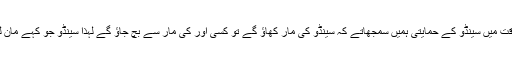
فارغ وقت میں سینڈو کے حمایتی ہمیں سمجھاتے کہ سینڈو کی مار کھاؤ گے تو کسی اور کی مار سے بچ جاؤ گے لہذا سینڈو جو کہے مان لیا کرو۔